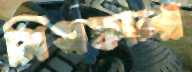
মিসফালা